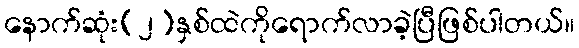
နောက်ဆုံး(၂)နှစ်ထဲကိုရောက်လာခဲ့ပြီဖြစ်ပါတယ်။